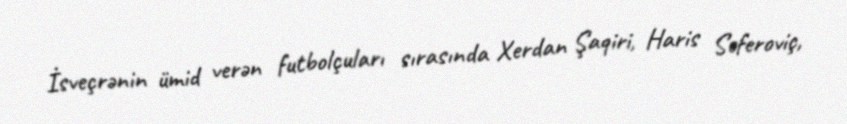
İsveçrənin ümid verən futbolçuları sırasında Xerdan Şaqiri, Haris Seferoviç,